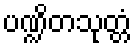
ပဏ္ဍိတသုတ္တံ